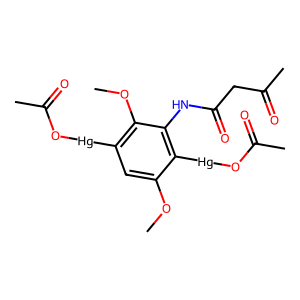
SMILES: COc1cc([Hg]OC(C)=O)c(OC)c(NC(=O)CC(C)=O)c1[Hg]OC(C)=O
Inhibits HIV replication: No